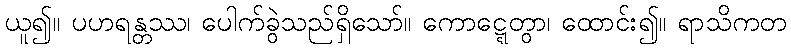
ယူ၍။ ပဟရန္တဿ၊ ပေါက်ခွဲသည်ရှိသော်။ ကောဋ္ဋေတွာ၊ ထောင်း၍။ ရာသိကတ